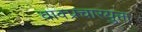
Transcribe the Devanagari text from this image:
वाक्प्रचारयुक्त